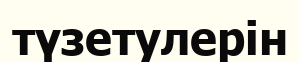
түзетулерін